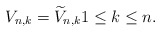
\begin{align*}{V}_{n,k} \stackrel{}{=} \widetilde{V}_{n,k} 1 \leq k \leq n.\end{align*}